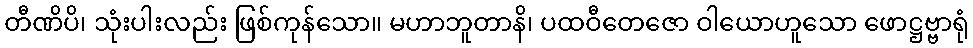
တီဏိပိ၊ သုံးပါးလည်း ဖြစ်ကုန်သော။ မဟာဘူတာနိ၊ ပထဝီတေဇော ဝါယောဟူသော ဖောဋ္ဌဗ္ဗာရုံ